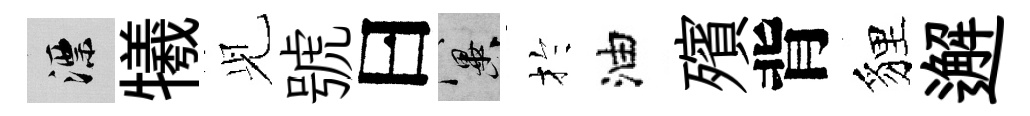
漂犧𫤗號曰冀扵油殯背貍邂